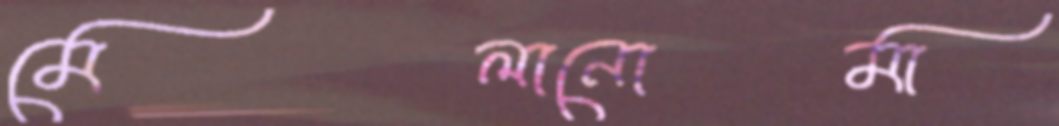
মেলানোমা